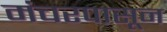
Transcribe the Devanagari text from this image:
मंचरपासून